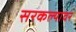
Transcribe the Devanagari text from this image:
सरकल्यावर